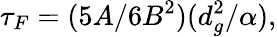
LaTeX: \tau_{F}=({5A}/{6B^{2}})({d_{g}^{2}}/{\alpha}),